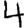
Digit: 4